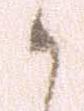
か